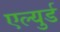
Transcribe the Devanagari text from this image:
एल्युर्ड